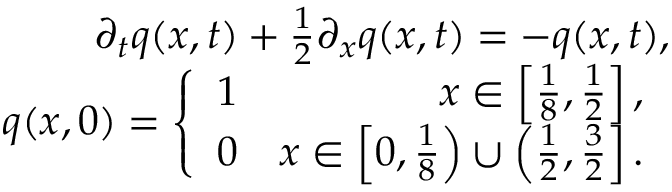
\begin{array} { r } { \partial _ { t } q ( x , t ) + \frac { 1 } { 2 } \partial _ { x } q ( x , t ) = - q ( x , t ) , } \\ { q ( x , 0 ) = \left\lbrace \begin{array} { l r } { 1 } & { x \in \left[ \frac { 1 } { 8 } , \frac { 1 } { 2 } \right] , } \\ { 0 } & { x \in \left[ 0 , \frac { 1 } { 8 } \right) \cup \left( \frac { 1 } { 2 } , \frac { 3 } { 2 } \right] . } \end{array} \right. } \end{array}